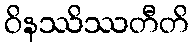
ဝိနဿိဿတီတိ